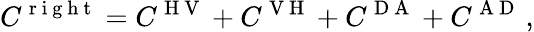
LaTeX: C^{\mathrm{~r~i~g~h~t~}}=C^{\mathrm{~H~V~}}+C^{\mathrm{~V~H~}}+C^{\mathrm{~D~A~}}+C^{\mathrm{~A~D~}}\, ,